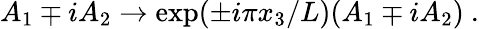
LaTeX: A_{1}\mp iA_{2}\to\exp(\pm i\pi x_{3}/L)(A_{1}\mp iA_{2})\ .